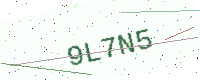
Text: 9L7N5